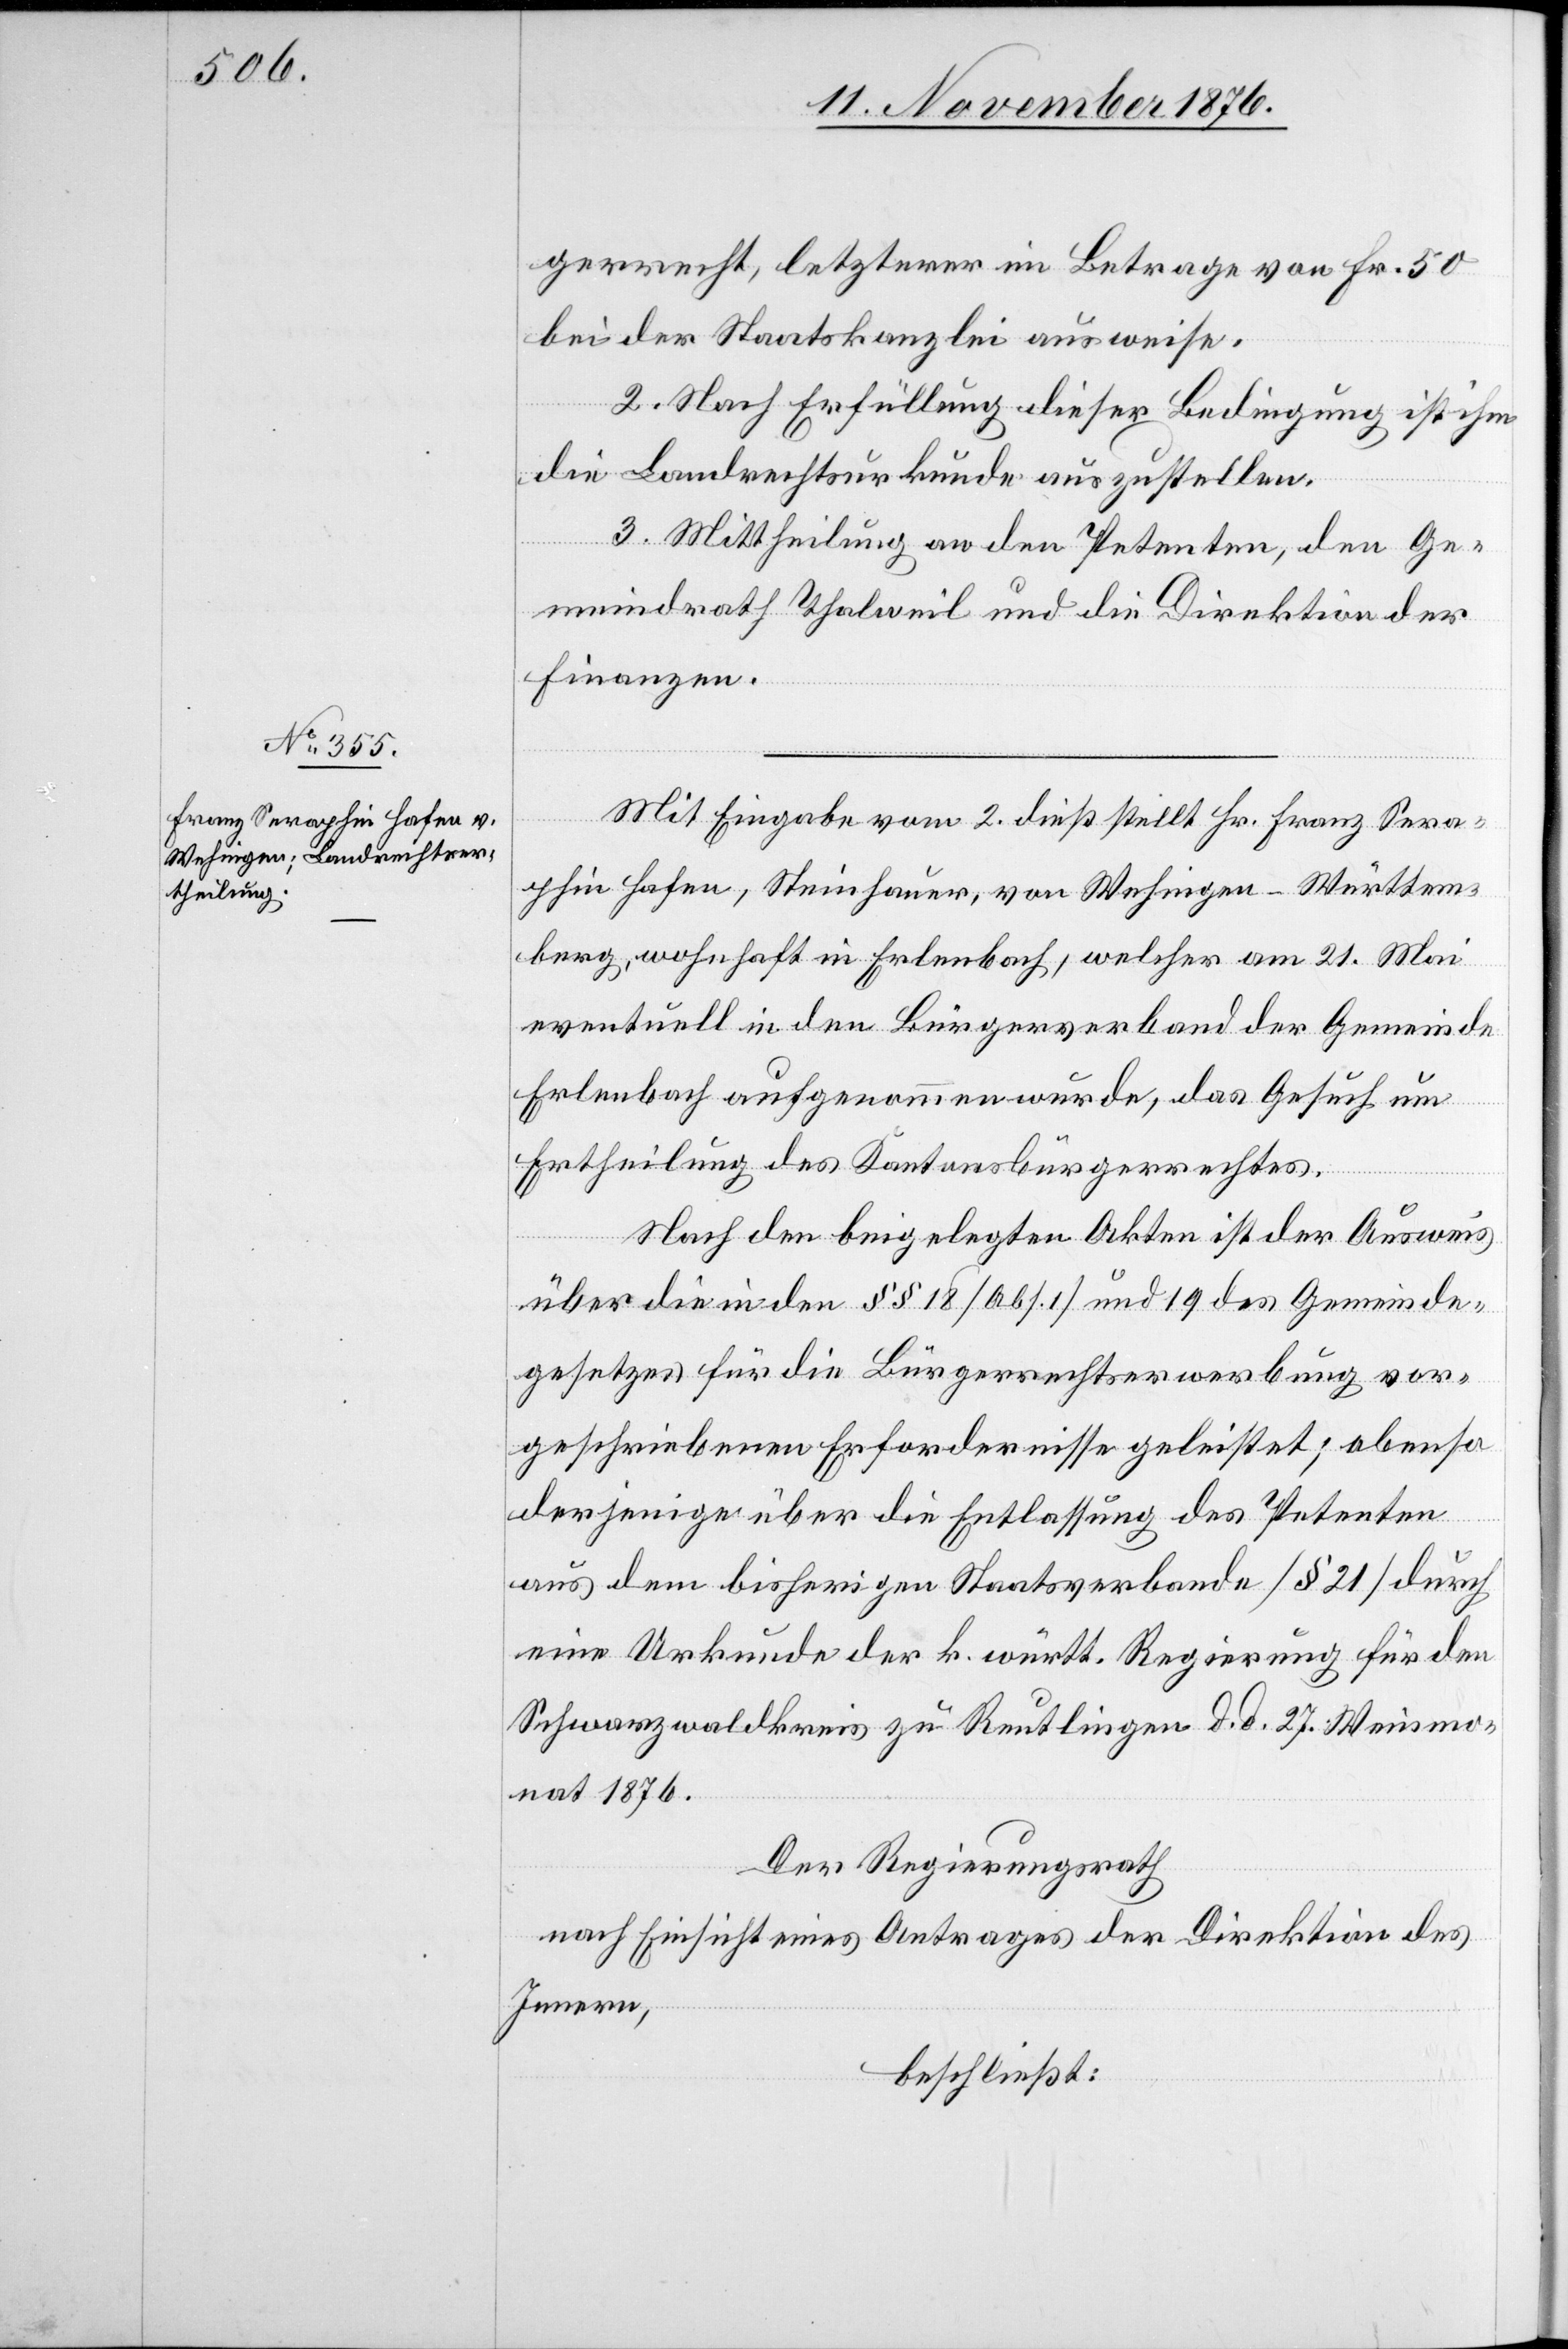
gerrecht, letzterer im Betrage von Fr. 50
bei der Staatskanzlei ausweise.
2. Nach Erfüllung dieser Bedingung ist ihm
die Landrechtsurkunde auszustellen.
3. Mittheilung an den Petenten, den Ge¬
meindrath Thalweil und die Direktion der
Finanzen.
Mit Eingabe vom 2. dieß stellt Hr. Franz Sera¬
phin Hafen, Steinhauer, von Wehnigen - Württem¬
berg, wohnhaft in Erlenbach, welcher am 21. Mai
eventuell in den Bürgerverband der Gemeinde
Erlenbach aufgenommen wurde, das Gesuch um
Ertheilung des Kantonsbürgerrechtes.
Nach den beigelegten Akten ist der Ausweis
über die in den §§ 18 [Abs. 1] und 19 des Gemeinde¬
gesetzes für die Bürgerrechtserwerbung vor¬
geschriebenen Erfordernisse geleistet; ebenso
derjenige über die Entlassung des Petenten
aus dem bisherigen Staatsverbande [§ 21] durch
eine Urkunde der k. württ. Regierung für den
Schwarzwaldkreis zu Reutlingen d. d. 27. Weinmo¬
nat 1876.
Der Regierungsrath,
nach Einsicht eines Antrages der Direktion des
Innern,
beschließt: